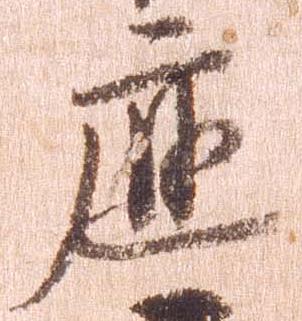
応